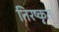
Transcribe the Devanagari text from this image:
तिरष्कृत